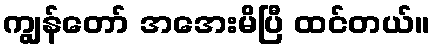
ကျွန်တော် အအေးမိပြီ ထင်တယ်။